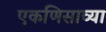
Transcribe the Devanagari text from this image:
एकणिसाव्या